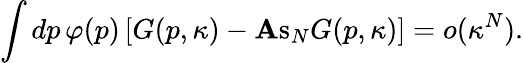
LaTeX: \int dp\, \varphi(p)\left[G(p,\kappa)-\mathrm{\mathbf As}_{N}G(p,\kappa)\right]=o(\kappa^{N}).